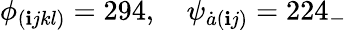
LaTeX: \phi_{(\mathbf{i}jkl)}=294,\quad\psi_{\dot{{a}}(\mathbf{i}j)}=224_{-}